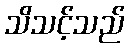
သိသင့်သည်